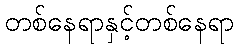
တစ်နေရာနှင့်တစ်နေရာ